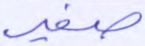
صفير